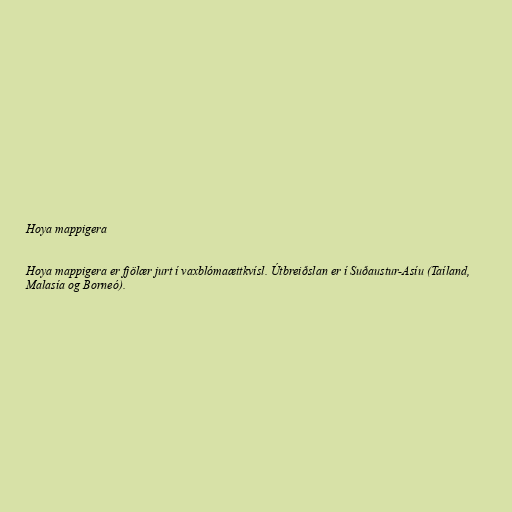
Hoya mappigera

Hoya mappigera er fjölær jurt í vaxblómaættkvísl. Útbreiðslan er í Suðaustur-Asíu (Taíland,
Malasía og Borneó).